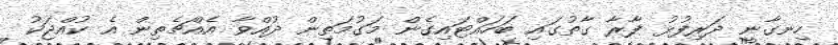
ހިނގާނީ ދަރިފުޅު ފާރާ ގާތުގައި ބަހައްޓައިގެން މަގުމަތިން ދުއްވާ އެއްޗެތިން އެ ކުއްޖަކު